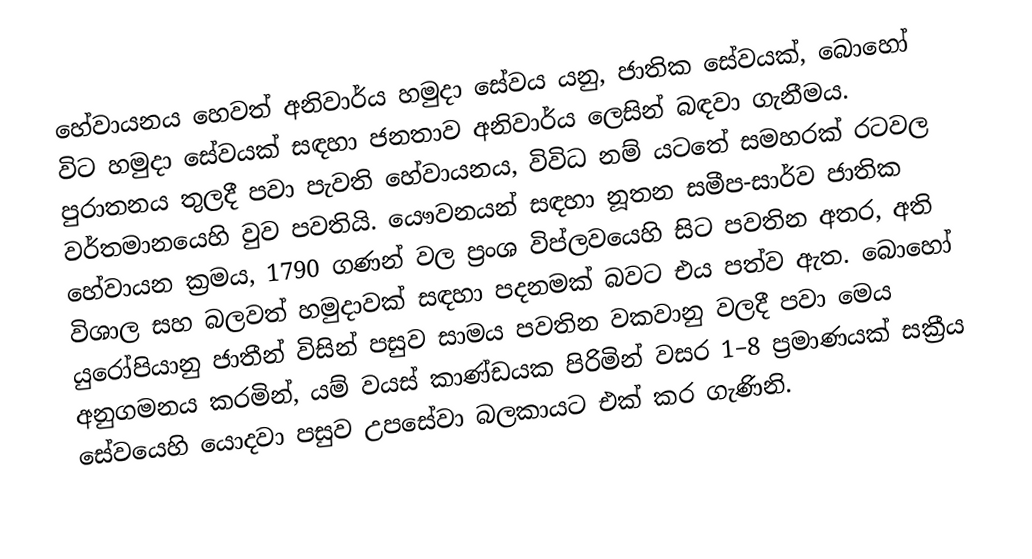
හේවායනය හෙවත් අනිවාර්ය හමුදා සේවය යනු, ජාතික සේවයක්, බොහෝ විට හමුදා සේවයක් සඳහා ජනතාව අනිවාර්ය ලෙසින් බඳවා ගැනීමය. පුරාතනය තුලදී පවා පැවති හේවායනය, විවිධ නම් යටතේ සමහරක් රටවල වර්තමානයෙහි වුව පවතියි. යෞවනයන් සඳහා නූතන සමීප-සාර්ව ජාතික හේවායන ක්‍රමය, 1790 ගණන් වල  ප්‍රංශ විප්ලවයෙහි සිට පවතින අතර, අති විශාල සහ බලවත් හමුදාවක් සඳහා පදනමක් බවට එය පත්ව ඇත. බොහෝ යුරෝපියානු  ජාතීන් විසින් පසුව සාමය පවතින වකවානු වලදී පවා මෙය අනුගමනය කරමින්, යම් වයස් කාණ්ඩයක පිරිමින් වසර 1–8 ප්‍රමාණයක් සක්‍රීය සේවයෙහි යොදවා පසුව  උපසේවා බලකායට එක් කර ගැණිනි.